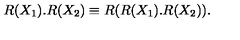
R ( X _ { 1 } ) . R ( X _ { 2 } ) \equiv R ( R ( X _ { 1 } ) . R ( X _ { 2 } ) ) .